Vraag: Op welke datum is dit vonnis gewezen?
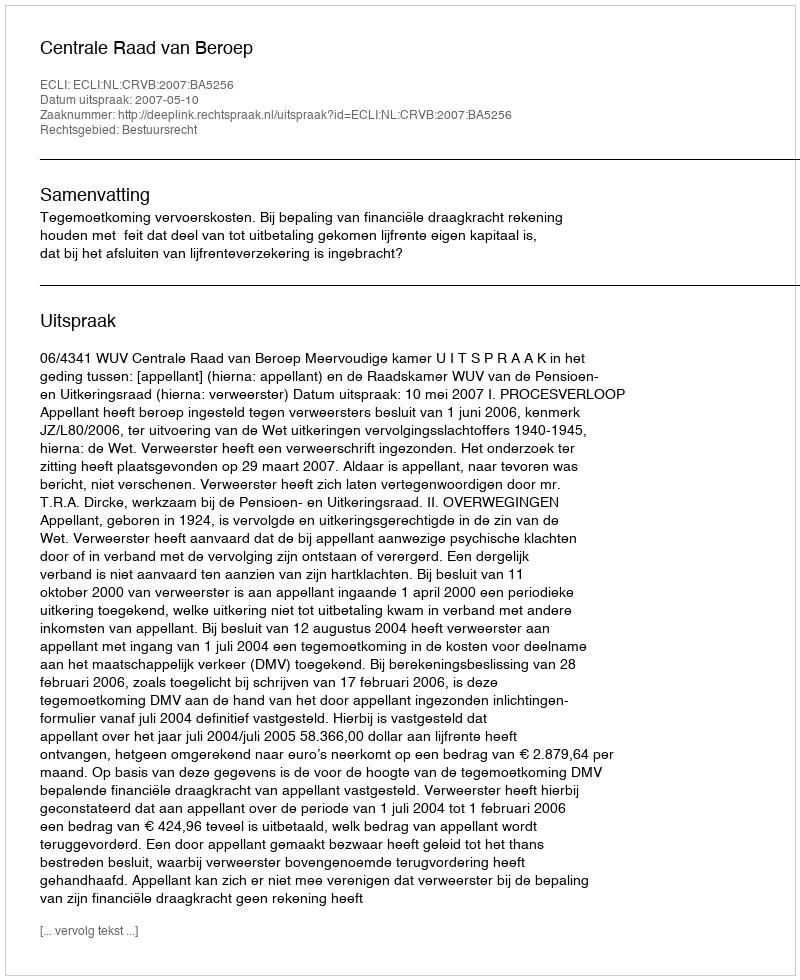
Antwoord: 2007-05-10